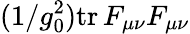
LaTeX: (1/g_{0}^{2})\mathrm{tr}\, F_{\mu\nu}F_{\mu\nu}